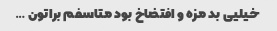
خیلیی بد مزه و افتضاخ بود متاسفم براتون …